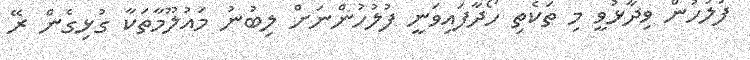
ފުލުހުން ވިދާޅުވީ މި ތަކެތި ހޯދާފައިވަނީ ފުލުހުންނަށް ލިބުނު މައުލޫމާތަކާ ގުޅިގެން ރޭ